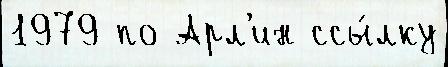
1979 по Арл'ин ссы́лку